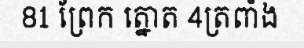
81 ព្រែក ត្នោត 4ត្រពាំង